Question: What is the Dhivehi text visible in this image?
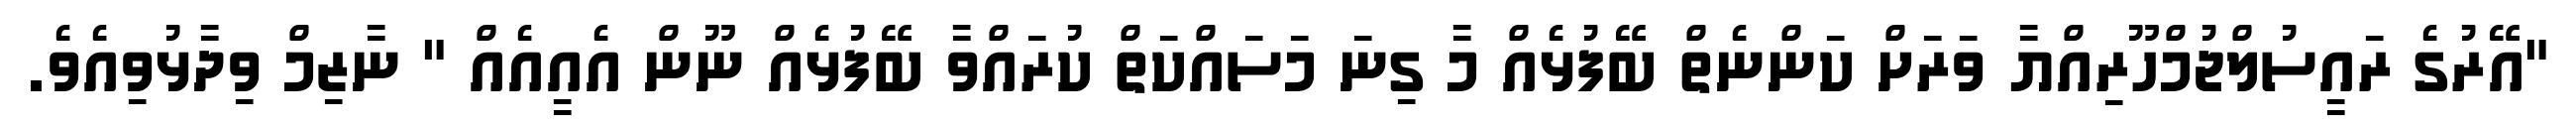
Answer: "އޭރުގެ ރައީސުލްޖުމްހޫރިއްޔާ ވަރަށް ކަންނެތް ބޭފުޅެއް މާ ގިނަ މަސައްކަތް ކުރައްވާ ބޭފުޅެއް ނޫން އެއީއެއް " ނާޒިމް ވިދާޅުވިއެވެ.